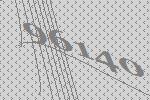
96140